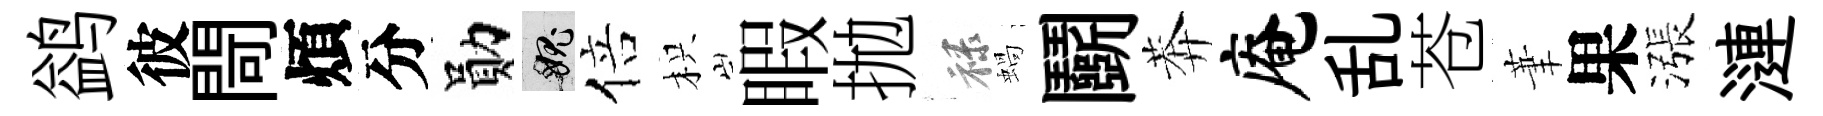
鹢彼閜煩分勛愧倍枳睱拋禄蝸鬬莾庵乱苍茟果漲漣